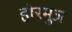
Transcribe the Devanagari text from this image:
होरमुज